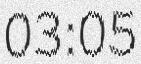
03:05